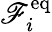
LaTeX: \mathscr{F}_{i}^{\mathrm{{eq}}}